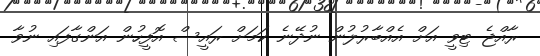
ރާއްޖެ ޓިވީ އަށް އެއްބާރުލުން ނުދޭނެ ކަމަށް ރައީސް އޮފީހުން އަންގާފައި ނުވާ